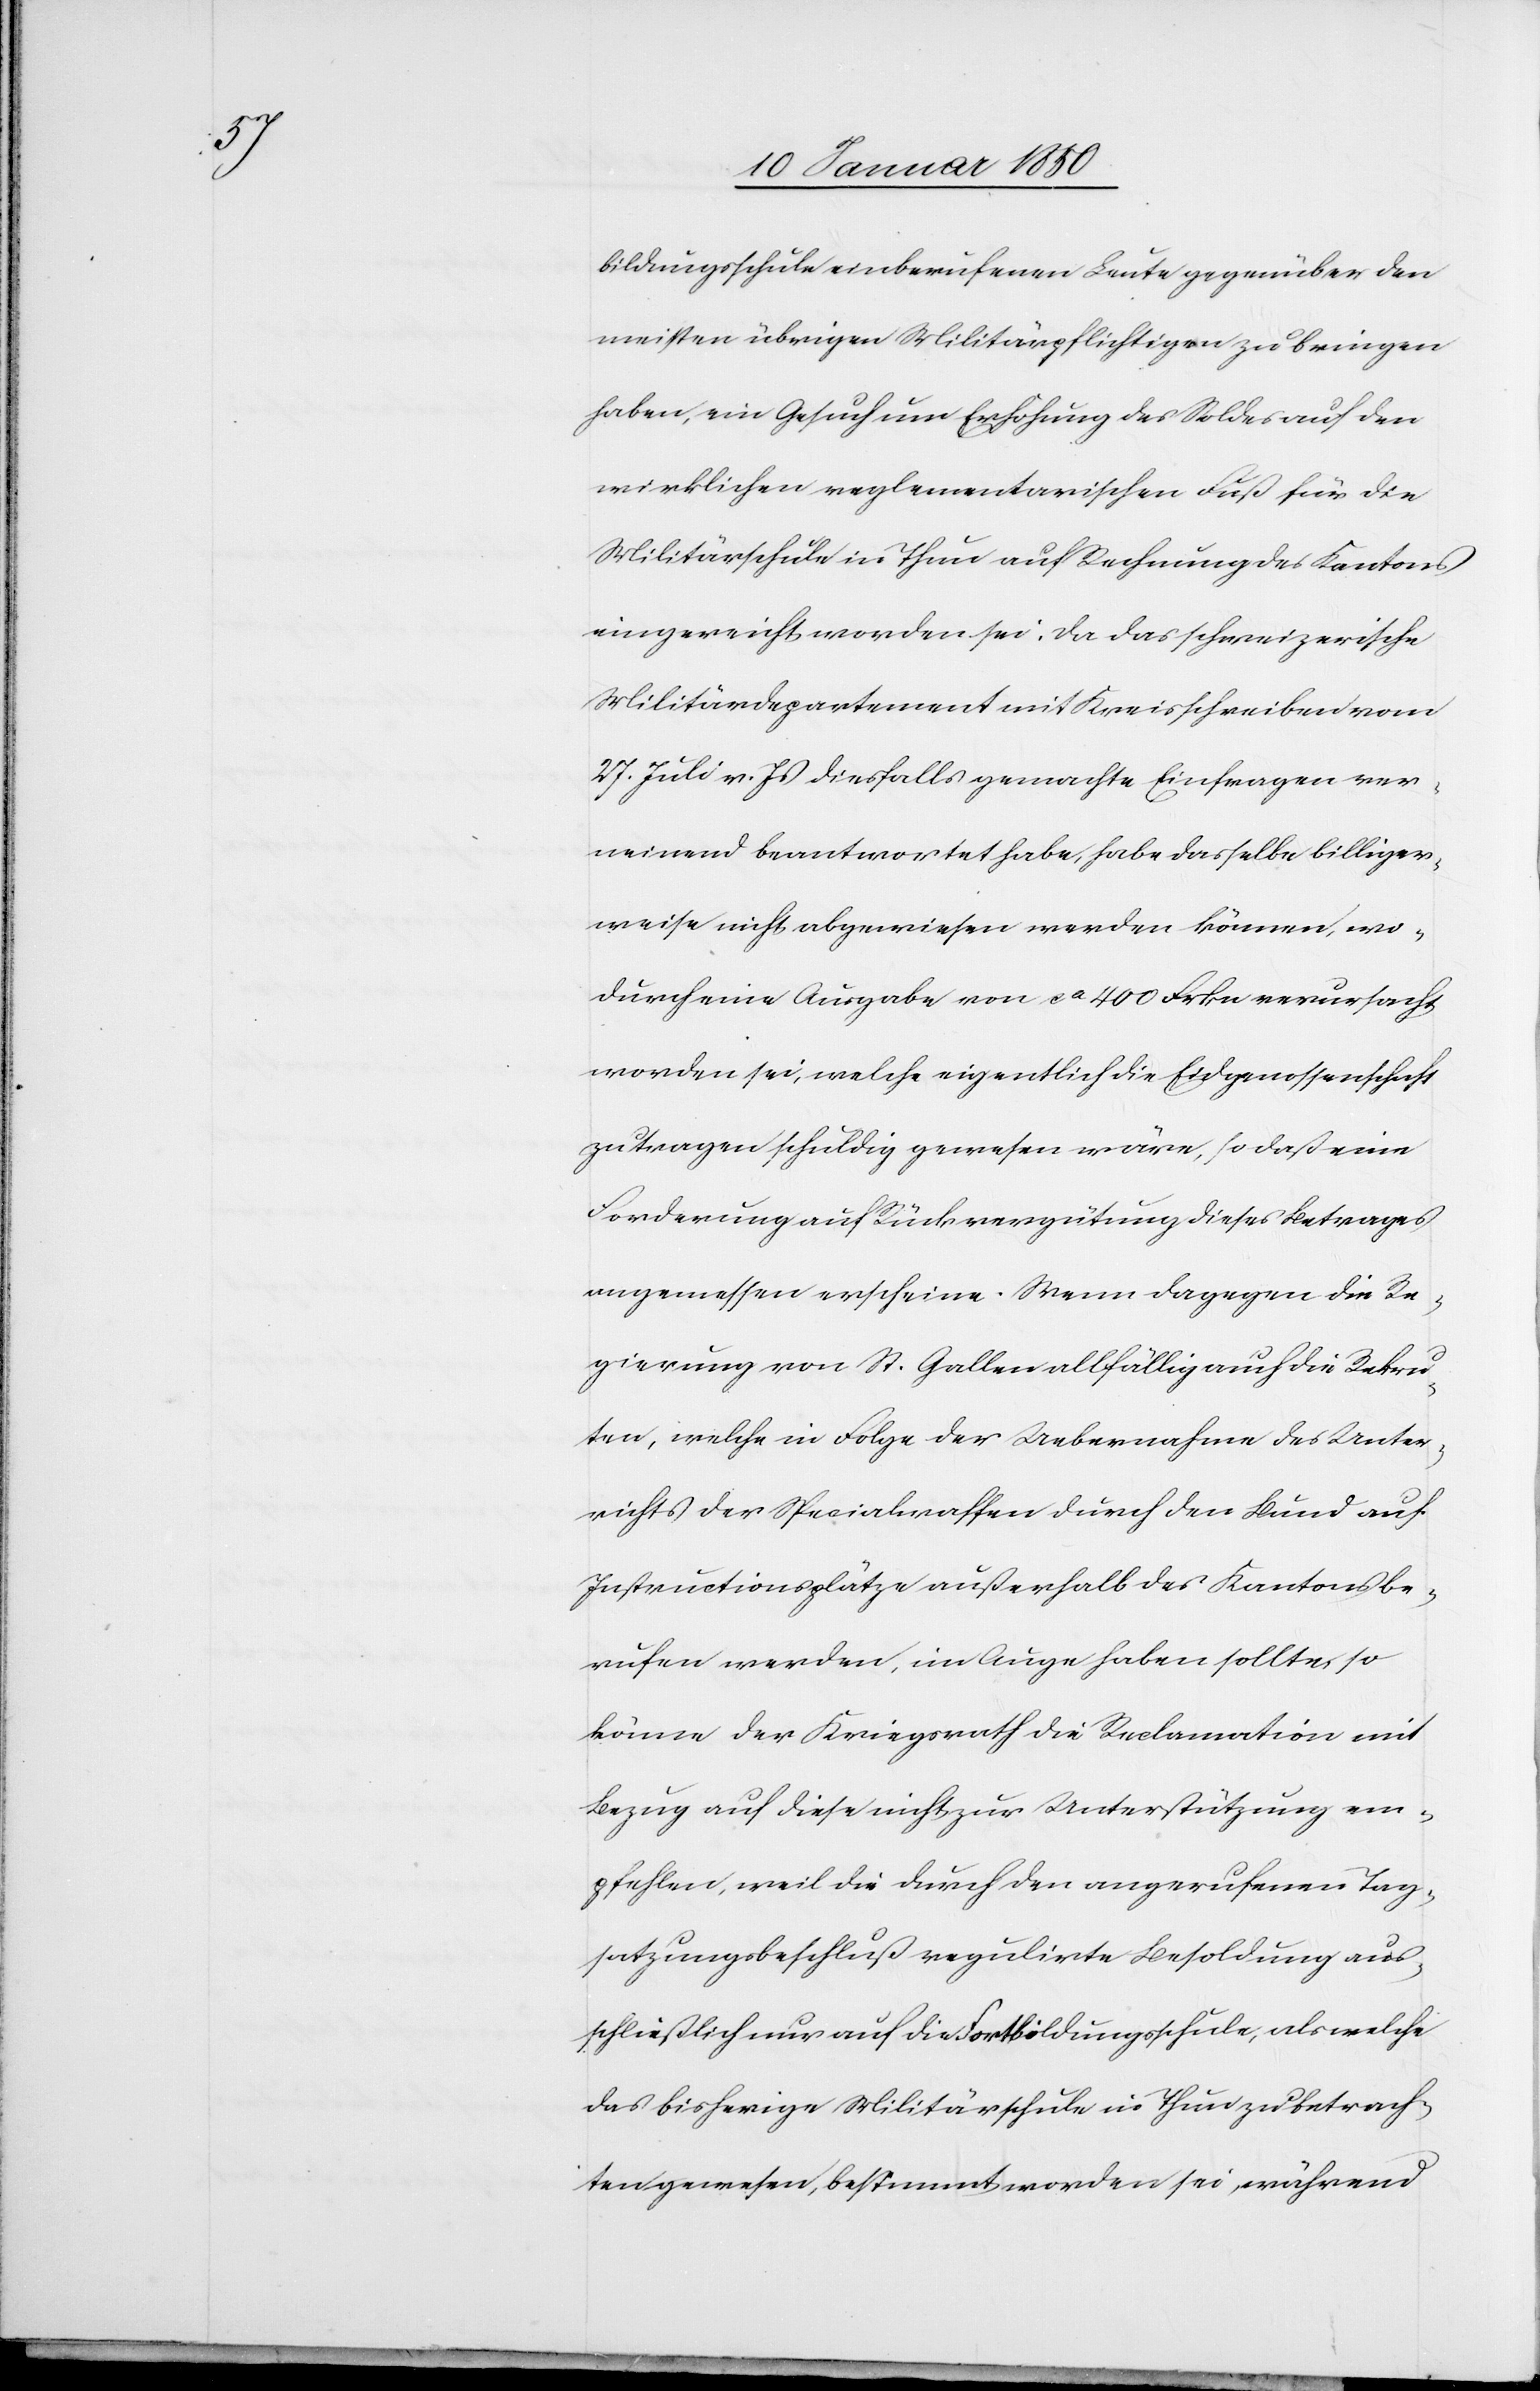
bildungsschule einberufenen Leute gegenüber den
meisten übrigen Militärpflichtigen zu bringen
haben, ein Gesuch um Erhöhung des Soldes auf den
wirklichen reglementarischen Fuß für die
Militärschule in Thun auf Rechnung des Kantons
eingereicht worden sei. Da das schweizerische
Militärdepartement mit Kreisschreiben vom
27. Juli v. Js diesfalls gemachte Einfragen ver¬
neinend beantwortet habe, habe dasselbe billiger¬
weise nicht abgewiesen werden können, wo¬
durch eine Ausgabe von ca 400 Frkn verursacht
worden sei, welche eigentlich die Eidgenossenschaft
zu tragen schuldig gewesen wäre, so daß eine
Forderung auf Rückvergütung dieses Betrages
angemessen erscheine. Wenn dagegen die Re¬
gierung von St. Gallen allfällig auch die Rekru¬
ten, welche in Folge der Uebernahme des Unter¬
richts der Specialwaffen durch den Bund auf
Instructionsplätze außerhalb des Kantons be¬
rufen werden, im Auge haben sollte, so
könne der Kriegsrath die Reclamation mit
Bezug auf diese nicht zur Unterstützung em¬
pfehlen, weil die durch den angerufenen Tag¬
satzungsbeschluß regulirte Besoldung aus¬
schließlich nur auf die Fortbildungsschule, als welche
das bisherige Militärschule in Thun zu betrach¬
ten gewesen, bestimmt worden sei, während